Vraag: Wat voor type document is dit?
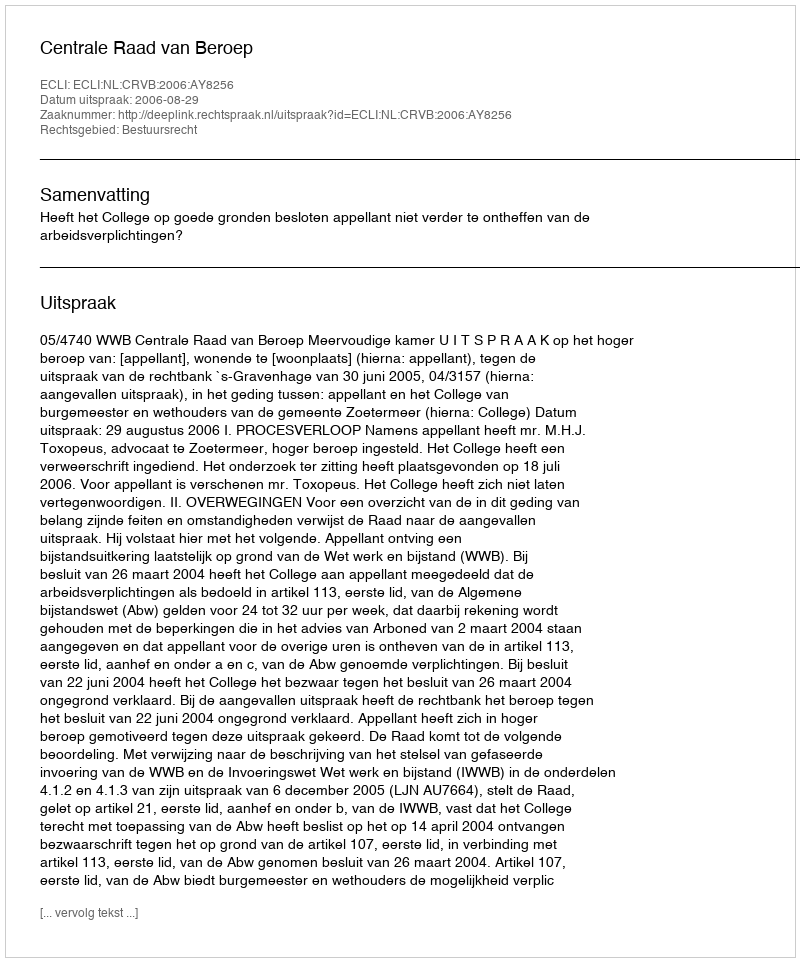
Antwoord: Uitspraak